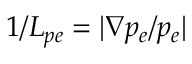
1 / L _ { p e } = | \nabla p _ { e } / p _ { e } |